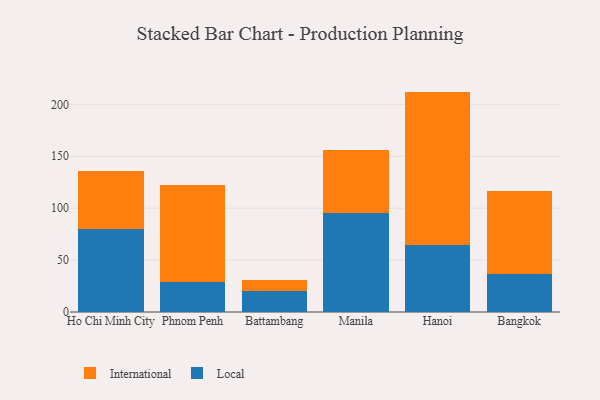
{"axis": {"x": "City", "y": "Operating Costs (USD K)"}, "legend": ["International", "Local"], "data": [{"x": "Ho Chi Minh City", "y": 79.9, "type": "Local"}, {"x": "Ho Chi Minh City", "y": 55.8, "type": "International"}, {"x": "Phnom Penh", "y": 29.0, "type": "Local"}, {"x": "Phnom Penh", "y": 93.1, "type": "International"}, {"x": "Battambang", "y": 20.2, "type": "Local"}, {"x": "Battambang", "y": 10.7, "type": "International"}, {"x": "Manila", "y": 95.1, "type": "Local"}, {"x": "Manila", "y": 60.9, "type": "International"}, {"x": "Hanoi", "y": 64.1, "type": "Local"}, {"x": "Hanoi", "y": 148.2, "type": "International"}, {"x": "Bangkok", "y": 36.2, "type": "Local"}, {"x": "Bangkok", "y": 80.0, "type": "International"}]}